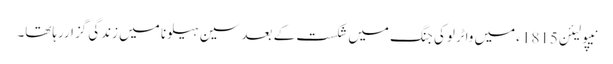
نیپولیئن1815 ءمیں واٹرلوکی جنگ میں شکست کے بعد سین ہیلونا میں زندگی گزاررہاتھا۔